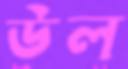
উল